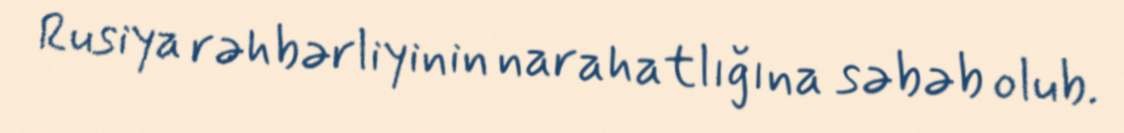
Rusiya rəhbərliyinin narahatlığına səbəb olub.